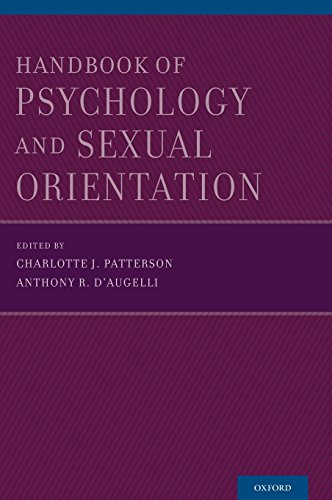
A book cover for Handbook of Psychology and Sexual Orientation; Gay & Lesbian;